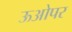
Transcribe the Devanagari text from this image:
ऊओपर